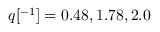
q [ \AA ^ { - 1 } ] = 0 . 4 8 , 1 . 7 8 , 2 . 0